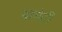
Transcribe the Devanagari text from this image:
बाघेटी